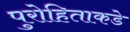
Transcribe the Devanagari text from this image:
पुरोहिताकडे